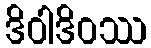
ဒိဝါဒိဝဿ